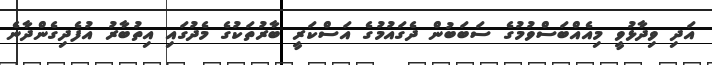
އަދި ވިދާޅުވީ މިއެއްބަސްވުމުގެ ސަބަބުން ދެގައުމުގެ އަސްކަރީ ބާރުތަކުގެ މެދުގައި އިތުބާރު އުފެދިގެންދާނެ